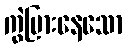
ကွဲပြားနေသော